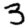
Digit: 3